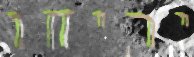
יריחו